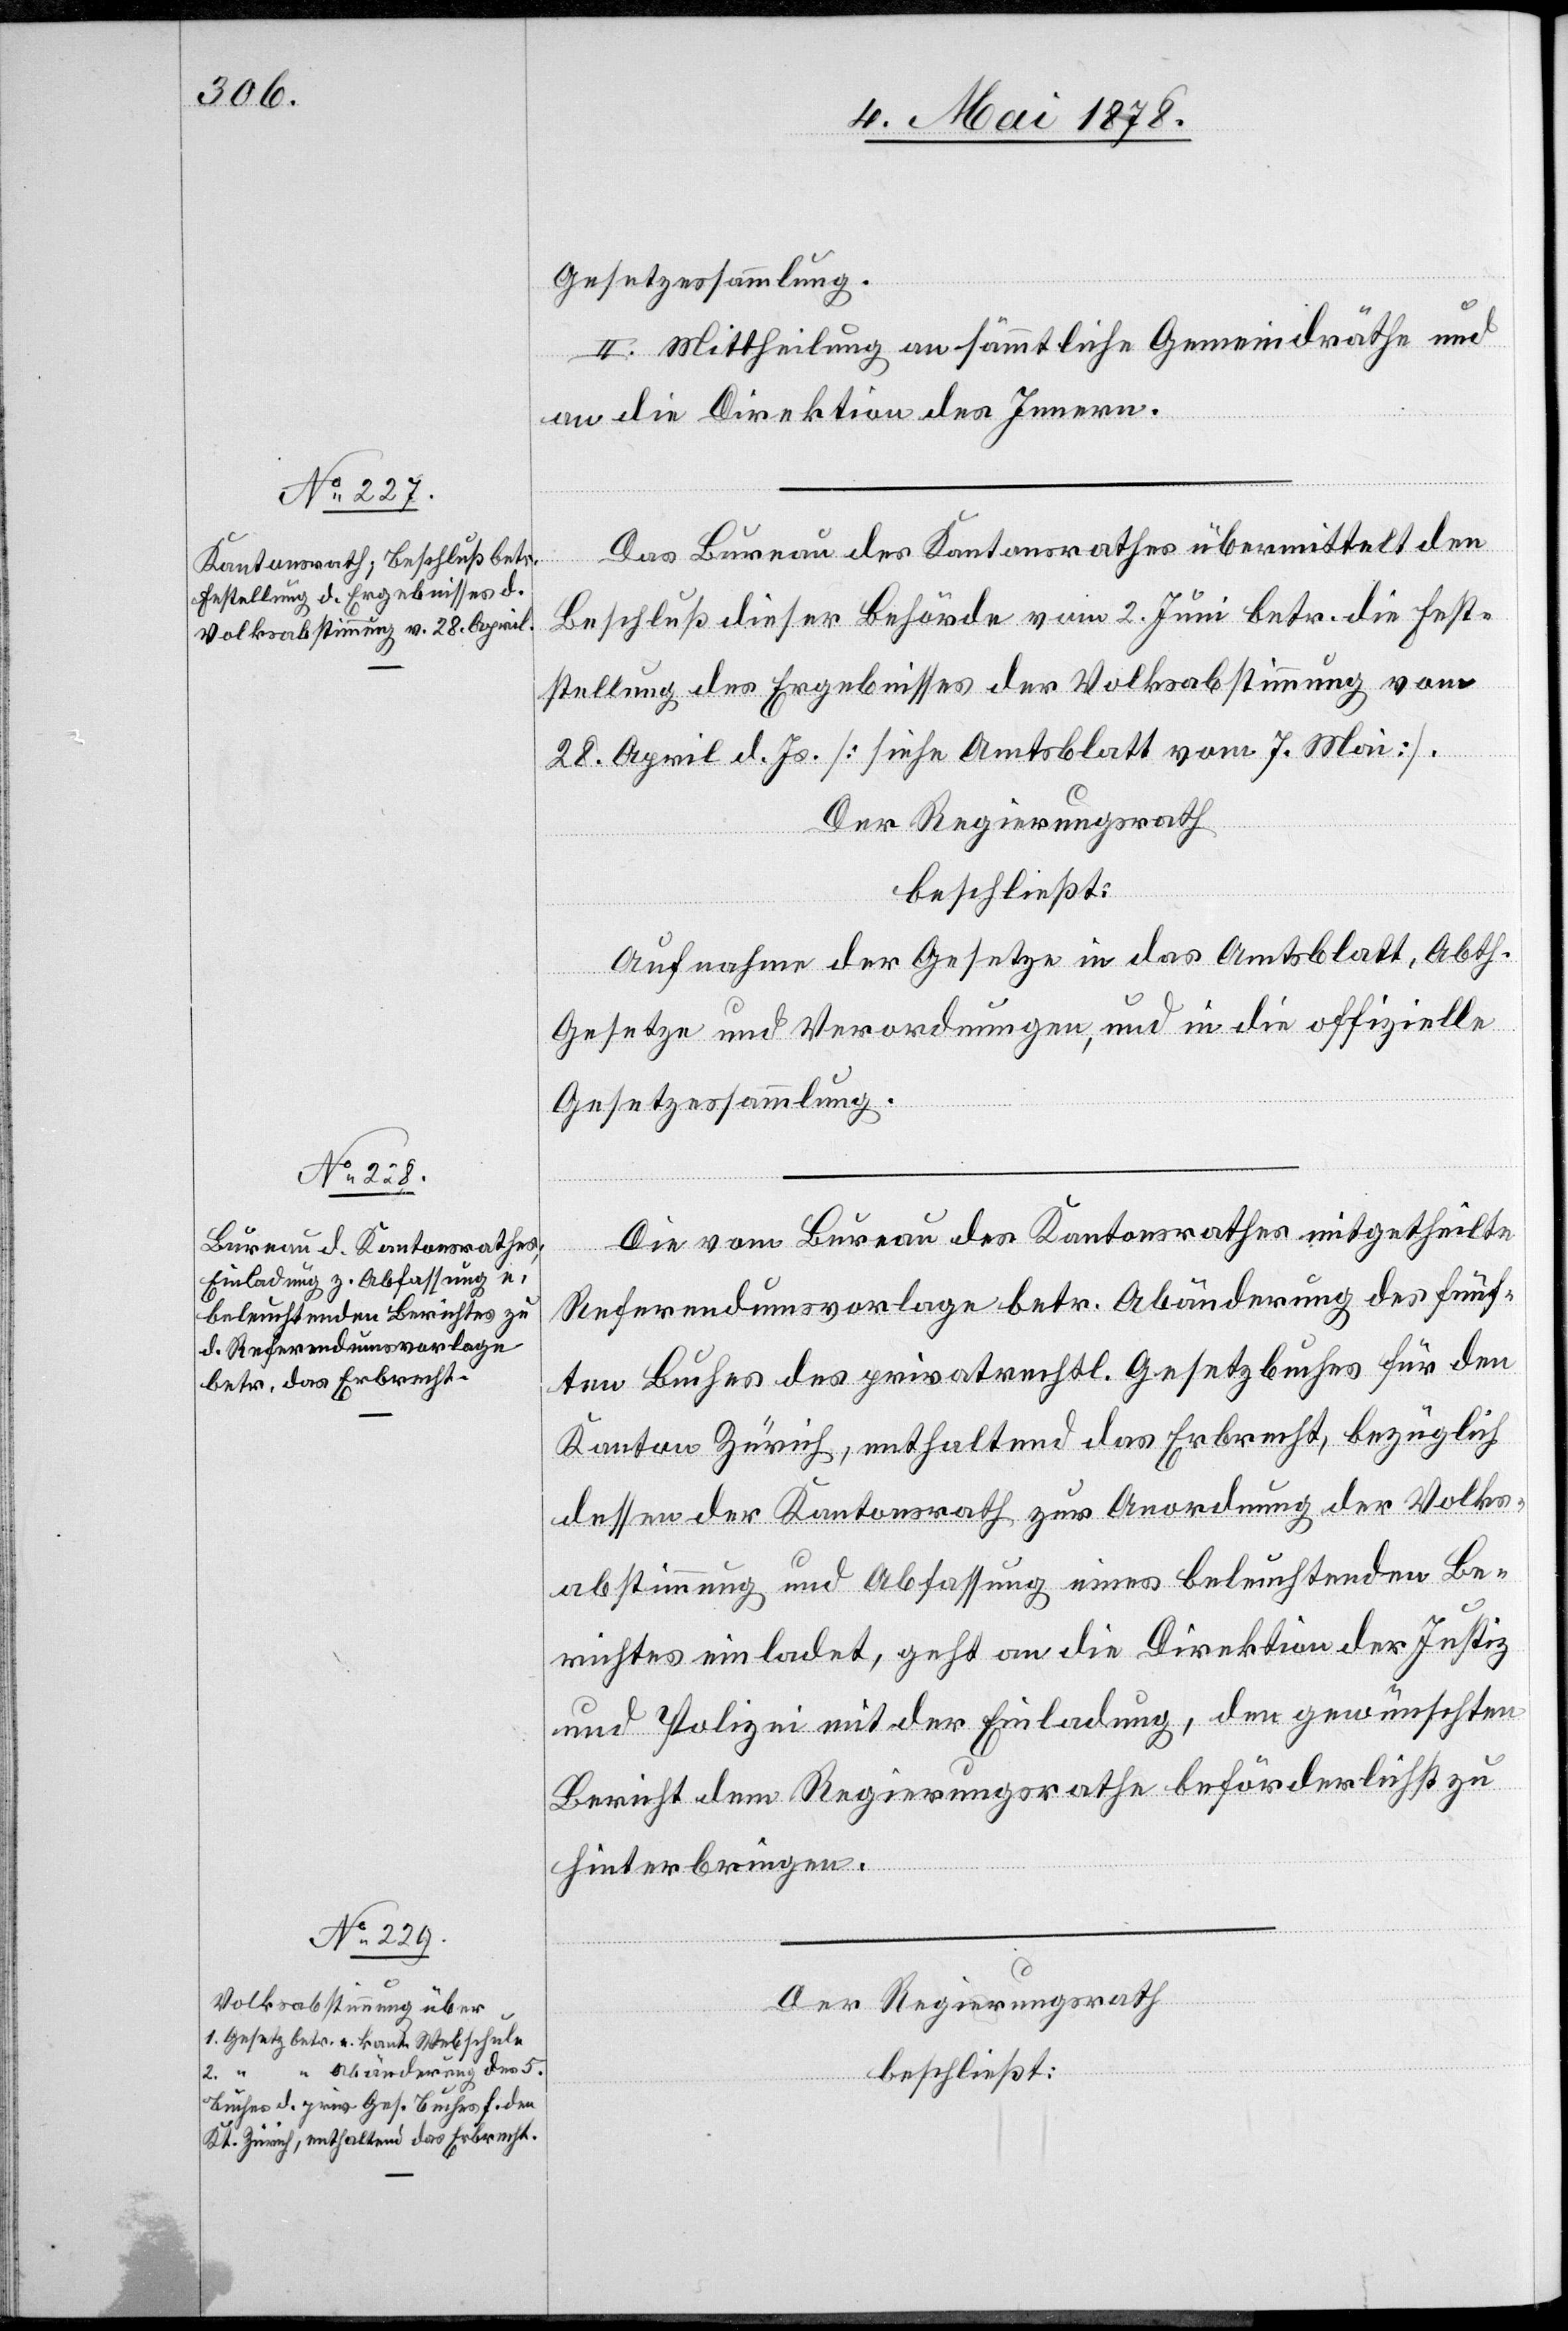
Gesetzessammlung.
II. Mittheilung an sämmtliche Gemeindräthe und
an die Direktion des Innern.
Das Bureau des Kantonsrathes übermittelt den
Beschluß dieser Behörde vom 2. Juni betr. die Fest¬
stellung des Ergebnisses der Volksabstimmung vom
28. April d. Js. [siehe Amtsblatt vom 7. Mai].
Der Regierungsrath
beschließt:
Aufnahme der Gesetze in das Amtsblatt, Abth.
Gesetze und Verordnungen, und in die offizielle
Gesetzessammlung.
Die vom Bureau des Kantonsrathes mitgetheilte
Referendumsvorlage betr. Abänderung des fünf¬
ten Buches des privatrechtl. Gesetzbuches für den
Kanton Zürich, enthaltend das Erbrecht, bezüglich
dessen der Kantonsrath zur Anordnung der Volks¬
abstimmung und Abfassung eines beleuchtenden Be¬
richtes einladet, geht an die Direktion der Justiz
und Polizei mit der Einladung, den gewünschten
Bericht dem Regierungsrathe beförderlichst zu
hinterbringen.
Der Regierungsrath
beschließt: